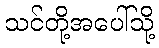
သင်တို့အပေါ်သို့